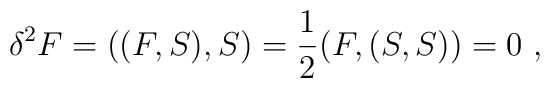
\delta ^2F=((F,S),S)=\frac{1}{2}(F,(S,S))=0\ ,